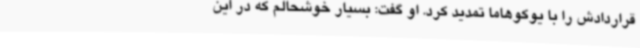
قراردادش را با یوکوهاما تمدید کرد. او گفت: بسیار خوشحالم که در این